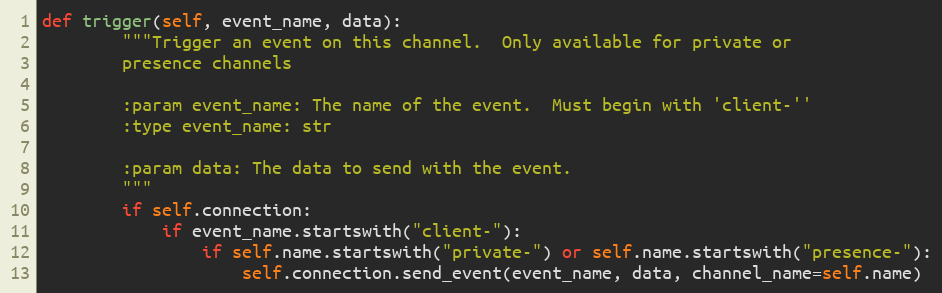
Language: Python
def trigger(self, event_name, data):
        """Trigger an event on this channel.  Only available for private or
        presence channels

        :param event_name: The name of the event.  Must begin with 'client-''
        :type event_name: str

        :param data: The data to send with the event.
        """
        if self.connection:
            if event_name.startswith("client-"):
                if self.name.startswith("private-") or self.name.startswith("presence-"):
                    self.connection.send_event(event_name, data, channel_name=self.name)